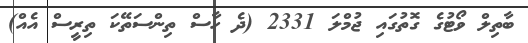
ބާތިލް ވޯޓުގެ ގޮތުގައި ޖުމްލަ 2331 (ދެ ހާސް ތިންސަތޭކަ ތިރީސް އެއް)